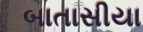
બાતાસીયા